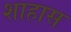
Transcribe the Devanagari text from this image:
शाहास